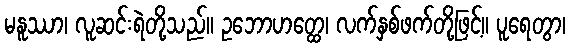
မနူဿာ၊ လူဆင်းရဲတို့သည်။ ဥဘောဟတ္ထေ၊ လက်နှစ်ဖက်တို့ဖြင့်။ ပူရေတွာ၊